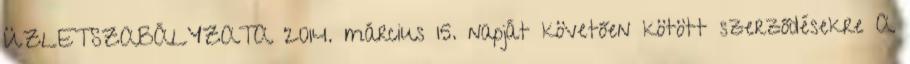
ÜZLETSZABÁLYZATA 2014. március 15. napját követően kötött szerződésekre A